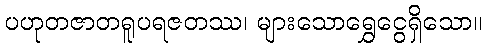
ပဟုတဇာတရူပရဇတဿ၊ များသောရွှေငွေရှိသော။